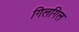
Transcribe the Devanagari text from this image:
गिलगिल